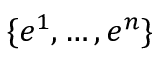
\{ e ^ { 1 } , \ldots , e ^ { n } \}